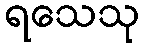
ရသေသု